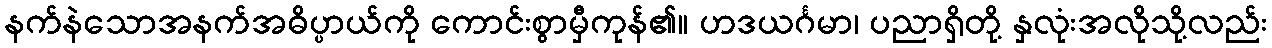
နက်နဲသောအနက်အဓိပ္ပာယ်ကို ကောင်းစွာမှီကုန်၏။ ဟဒယင်္ဂမာ၊ ပညာရှိတို့ နှလုံးအလိုသို့လည်း